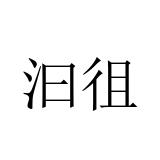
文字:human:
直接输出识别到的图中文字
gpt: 汩徂